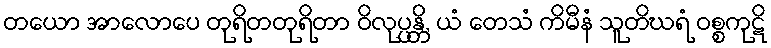
တယော အာလောပေ တုရိတတုရိတာ ဝိလုပ္ပန္တိ, ယံ တေသံ ကိမီနံ သူတိဃရံ ဝစ္စကုဋိ